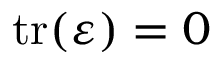
\mathrm { t r } ( { \boldsymbol { \varepsilon } } ) = 0